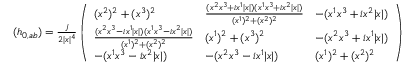
\begin{array} { r } { ( h _ { 0 , a b } ) = \frac { j } { 2 \vert x \vert ^ { 4 } } \left( \begin{array} { l l l } { ( x ^ { 2 } ) ^ { 2 } + ( x ^ { 3 } ) ^ { 2 } } & { \frac { ( x ^ { 2 } x ^ { 3 } + i x ^ { 1 } \vert x \vert ) ( x ^ { 1 } x ^ { 3 } + i x ^ { 2 } \vert x \vert ) } { ( x ^ { 1 } ) ^ { 2 } + ( x ^ { 2 } ) ^ { 2 } } } & { - ( x ^ { 1 } x ^ { 3 } + i x ^ { 2 } \vert x \vert ) } \\ { \frac { ( x ^ { 2 } x ^ { 3 } - i x ^ { 1 } \vert x \vert ) ( x ^ { 1 } x ^ { 3 } - i x ^ { 2 } \vert x \vert ) } { ( x ^ { 1 } ) ^ { 2 } + ( x ^ { 2 } ) ^ { 2 } } } & { ( x ^ { 1 } ) ^ { 2 } + ( x ^ { 3 } ) ^ { 2 } } & { - ( x ^ { 2 } x ^ { 3 } + i x ^ { 1 } \vert x \vert ) } \\ { - ( x ^ { 1 } x ^ { 3 } - i x ^ { 2 } \vert x \vert ) } & { - ( x ^ { 2 } x ^ { 3 } - i x ^ { 1 } \vert x \vert ) } & { ( x ^ { 1 } ) ^ { 2 } + ( x ^ { 2 } ) ^ { 2 } } \end{array} \right) } \end{array}